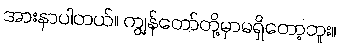
အားနာပါတယ်။ ကျွန်တော်တို့မှာမရှိတော့ဘူး။